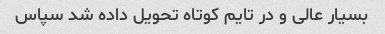
بسیار عالی و در تایم کوتاه تحویل داده شد سپاس